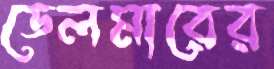
ডেলমারের